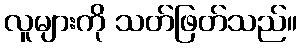
လူများကို သတ်ဖြတ်သည်။